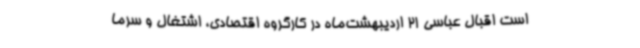
است اقبال عباسی 21 اردیبهشت‌ماه در کارگروه اقتصادی، اشتغال و سرما